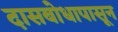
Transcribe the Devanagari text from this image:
दासबोधापासून